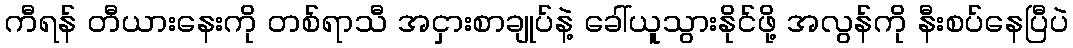
ကီရန် တီယားနေးကို တစ်ရာသီ အငှားစာချုပ်နဲ့ ခေါ်ယူသွားနိုင်ဖို့ အလွန်ကို နီးစပ်နေပြီပဲ